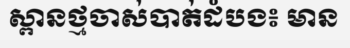
ស្ពានថ្មចាស់បាត់ដំបង៖ មាន